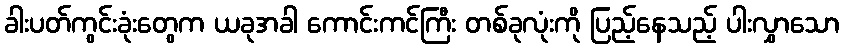
ခါးပတ်ကွင်းခုံးတွေက ယခုအခါ ကောင်းကင်ကြီး တစ်ခုလုံးကို ပြည့်နေသည့် ပါးလွှာသော